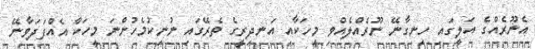
އެނޫރެއްގެ އަލީގައި ހިނގާނޭ ނޫރެއްލެއްވި މީހަކާއި އަނދިރީގެ ތެރޭގައި ނުނިކުމެހުންނަ މީހަކާ އެއްފަދަވާނޭ